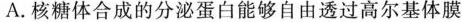
A. 核糖体合成的分泌蛋白能够自由透过高尔基体膜